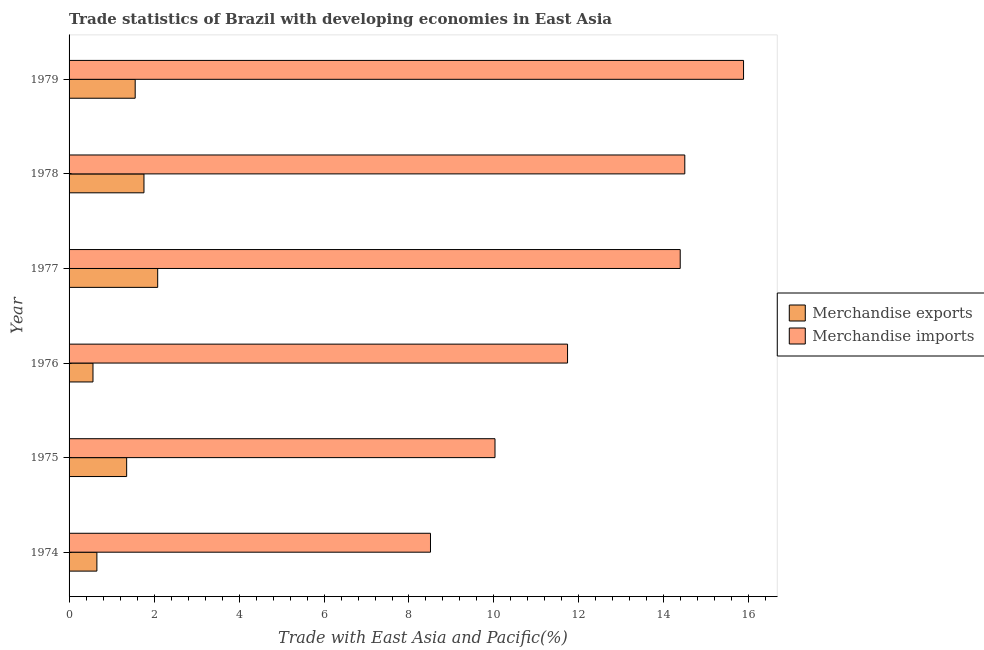
| Year | Merchandise exports | Merchandise imports |
 | --- | --- | --- |
 | 1974 | 0.655 | 8.51 |
 | 1975 | 1.36 | 10 |
 | 1976 | 0.563 | 11.7 |
 | 1977 | 2.09 | 14.4 |
 | 1978 | 1.76 | 14.5 |
 | 1979 | 1.56 | 15.9 |